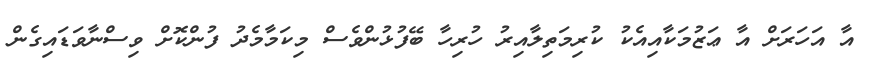
އާ އަހަރަށް އާ ޢަޒުމަކާއިއެކު ކުރިމަތިލާއިރު ހުރިހާ ބޭފުޅުންވެސް މިކަމާމެދު ފުންކޮށް ވިސްނާވަޑައިގެން